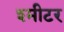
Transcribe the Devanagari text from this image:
श्मीटर